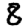
Digit: 8